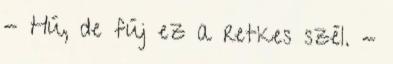
- Hú, de fúj ez a retkes szél. -